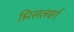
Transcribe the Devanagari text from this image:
श्लिसलबर्ग